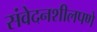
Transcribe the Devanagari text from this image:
संवेदनशीलपणे